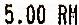
5.00 RM